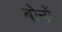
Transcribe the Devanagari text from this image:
बोनों